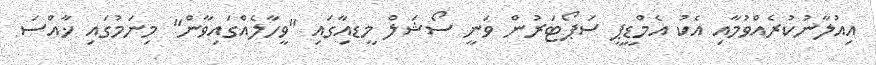
އިއުލާނުކުރެއްވުމާއި އެކު އެމްޑީޕީ ސަޕޯޓަރުން ވަނީ ސޯޝަލް މީޑއިާގައި "ވީހާލެއްގައިވާން" މިނަމުގައި ޚާއްސަ